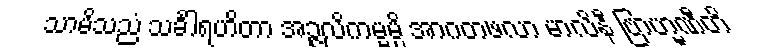
သာမိသညံ သင်္ခါရဟိတာ အဉ္ဇလိကမ္မမ္ပိ အာဂတဖလာ မာလိနီ ဗြာဟ္မဏီတိ